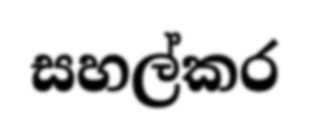
සහල්කර